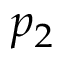
p _ { 2 }